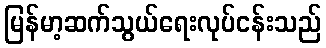
မြန်မာ့ဆက်သွယ်ရေးလုပ်ငန်းသည်